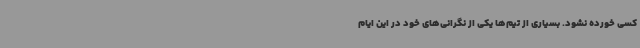
کسی خورده نشود. بسیاری‌ از تیم‌ها یکی از نگرانی‌های خود در این ایام